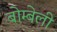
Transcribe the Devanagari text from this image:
बोम्बेली